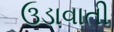
ઉડાવાતી